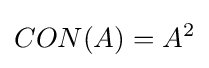
CON(A)=A^{2}